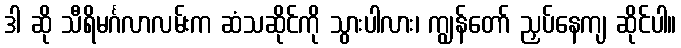
ဒါ ဆို သီရိမင်္ဂလာလမ်းက ဆံသဆိုင်ကို သွားပါလား၊ ကျွန်တော် ညှပ်နေကျ ဆိုင်ပါ။